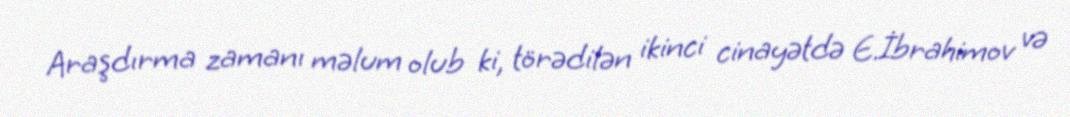
Araşdırma zamanı məlum olub ki, törədilən ikinci cinayətdə E.İbrahimov və